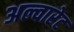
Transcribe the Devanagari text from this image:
अल्वारेट